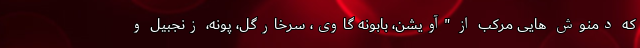
که دمنوش هایی مرکب از "آویشن، بابونه گاوی، سرخارگل، پونه، زنجبیل و